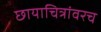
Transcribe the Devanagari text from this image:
छायाचित्रांवरच